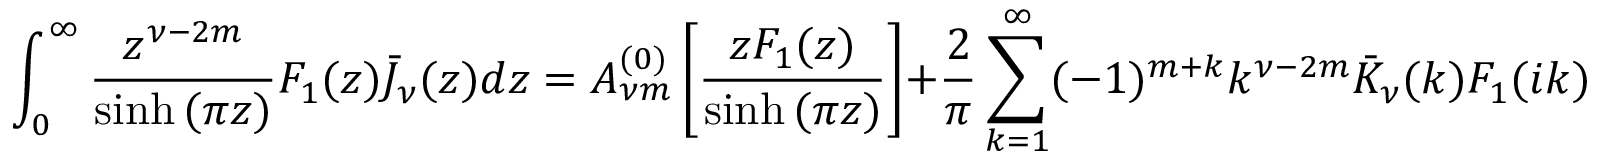
\int _ { 0 } ^ { \infty } { \frac { z ^ { \nu - 2 m } } { \sinh { ( \pi z ) } } F _ { 1 } ( z ) \bar { J } _ { \nu } ( z ) d z } = A _ { \nu m } ^ { ( 0 ) } \left[ \frac { z F _ { 1 } ( z ) } { \sinh { ( \pi z ) } } \right] + \frac { 2 } { \pi } \sum _ { k = 1 } ^ { \infty } ( - 1 ) ^ { m + k } k ^ { \nu - 2 m } \bar { K } _ { \nu } ( k ) F _ { 1 } ( i k ) ,